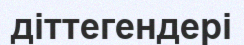
діттегендері